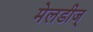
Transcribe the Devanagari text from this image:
मेलडीज्